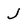
Character: J